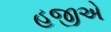
હજીએ